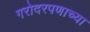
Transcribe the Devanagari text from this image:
गरोदरपणाच्या